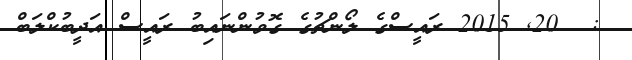
:  20